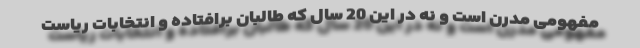
مفهومی مدرن است و نه در این 20 سال که طالبان برافتاده و انتخابات ریاست